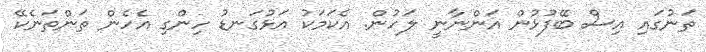
ތަނުގައި އިސް ބޭފުޅުން އަންނާނީ ލަހުން. އެކަމަކު އަޅުގަނޑު ހިންގި އެހެން ތަންތަނެކޭ